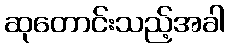
ဆုတောင်းသည့်အခါ